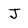
Character: J